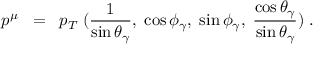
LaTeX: p ^ { \mu } \; \; = \; \; p _ { T } \; ( \frac { 1 } { \sin \theta _ { \gamma } } , \; \cos \phi _ { \gamma } , \; \sin \phi _ { \gamma } , \; \frac { \cos \theta _ { \gamma } } { \sin \theta _ { \gamma } } ) \; .